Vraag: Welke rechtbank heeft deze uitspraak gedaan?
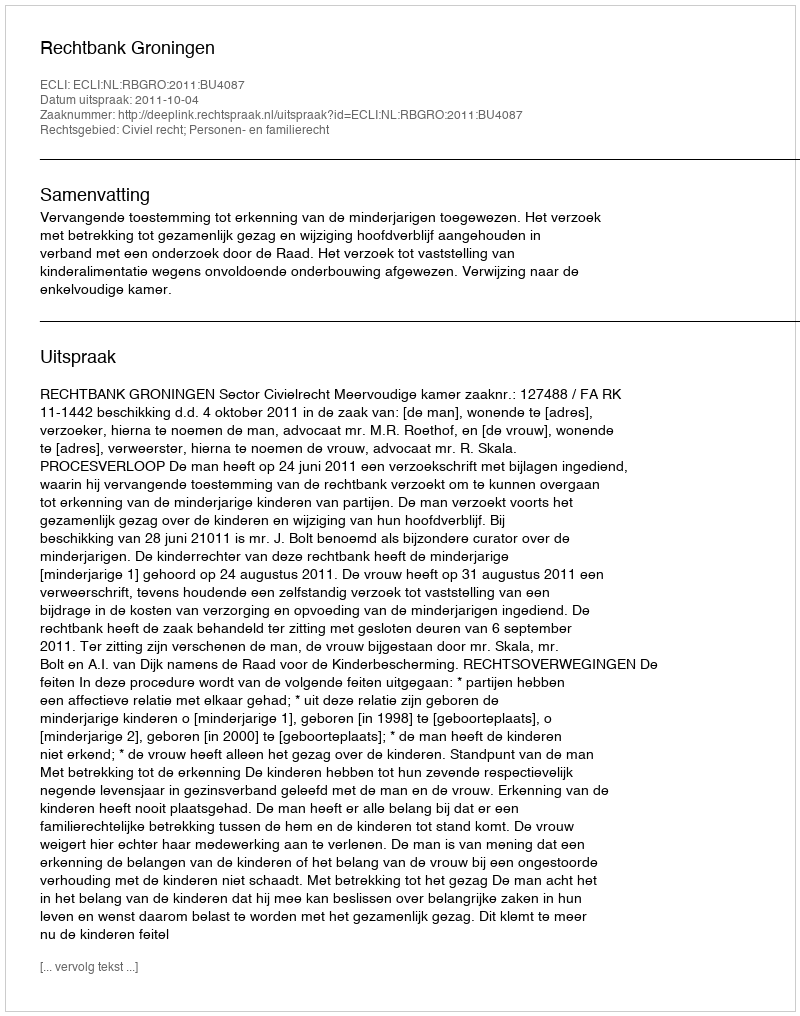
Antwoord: Rechtbank Groningen